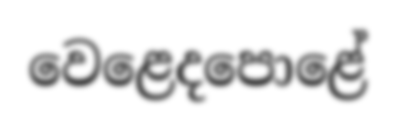
වෙළෙදපොළේ